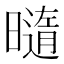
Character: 𰖯